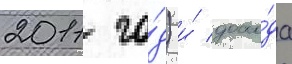
2011 го́д) и́ дохо́да